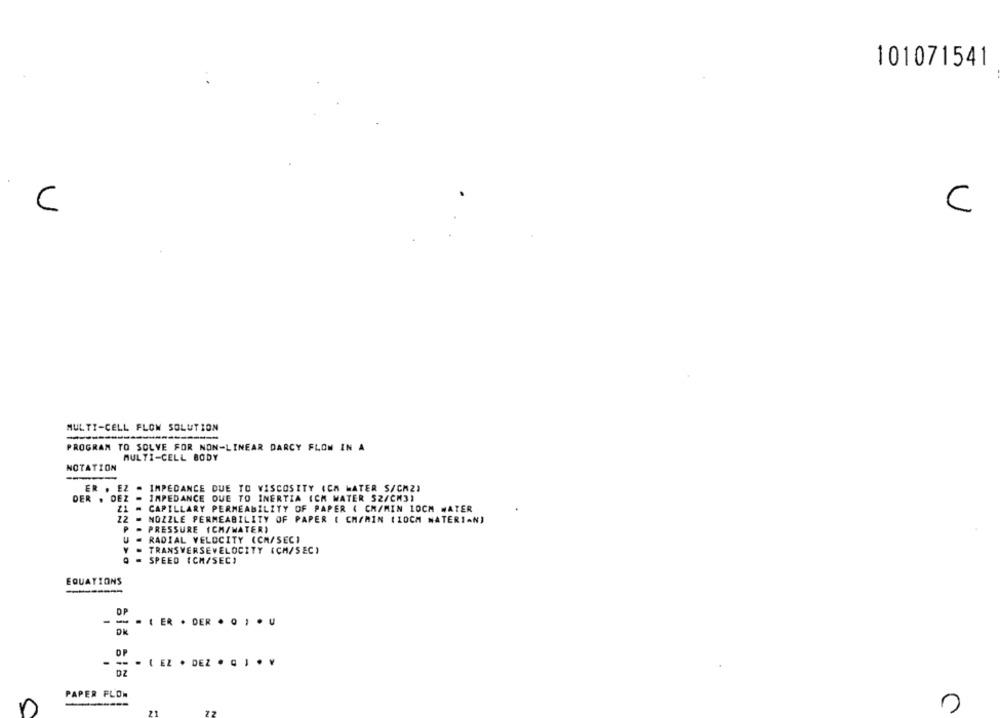
101071541
C
C
MULTI-CELL FLOW SOLUTION
PROGRAM TO SOLVE FOR NON-LINEAR DARCY FLOW IN A
MULTI-CELL BODY
NOTATION
ER . EZ . IMPEDANCE DUE TO VISCOSITY (CA MATER S/CM2)
DER . DEZ - IMPEDANCE DUE TO INERTIA ICH WATER 52/CM3)
21 -
CAPILLARY PERMEABILITY OF PAPER ( CM/MIN 10CM WATER
22
NOZZLE PERMEABILITY OF PAPER ( CM/MIN (10CM NATERIAN)
PRESSURE (CM/WATER)
RADIAL VELOCITY (CM/SEC)
TRANSVERSEVELOCITY (CM/SEC)
= SPEED (CH/SEC)
EQUATIONS
DP
-- - LER · DER . Q
OK
OP
-- . ( EZ · DEZ . . ] · ¥
DZ
PAPER FLOW